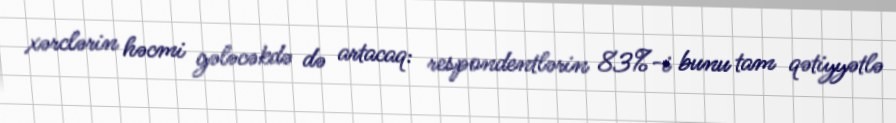
xərclərin həcmi gələcəkdə də artacaq: respondentlərin 83%-i bunu tam qətiyyətlə